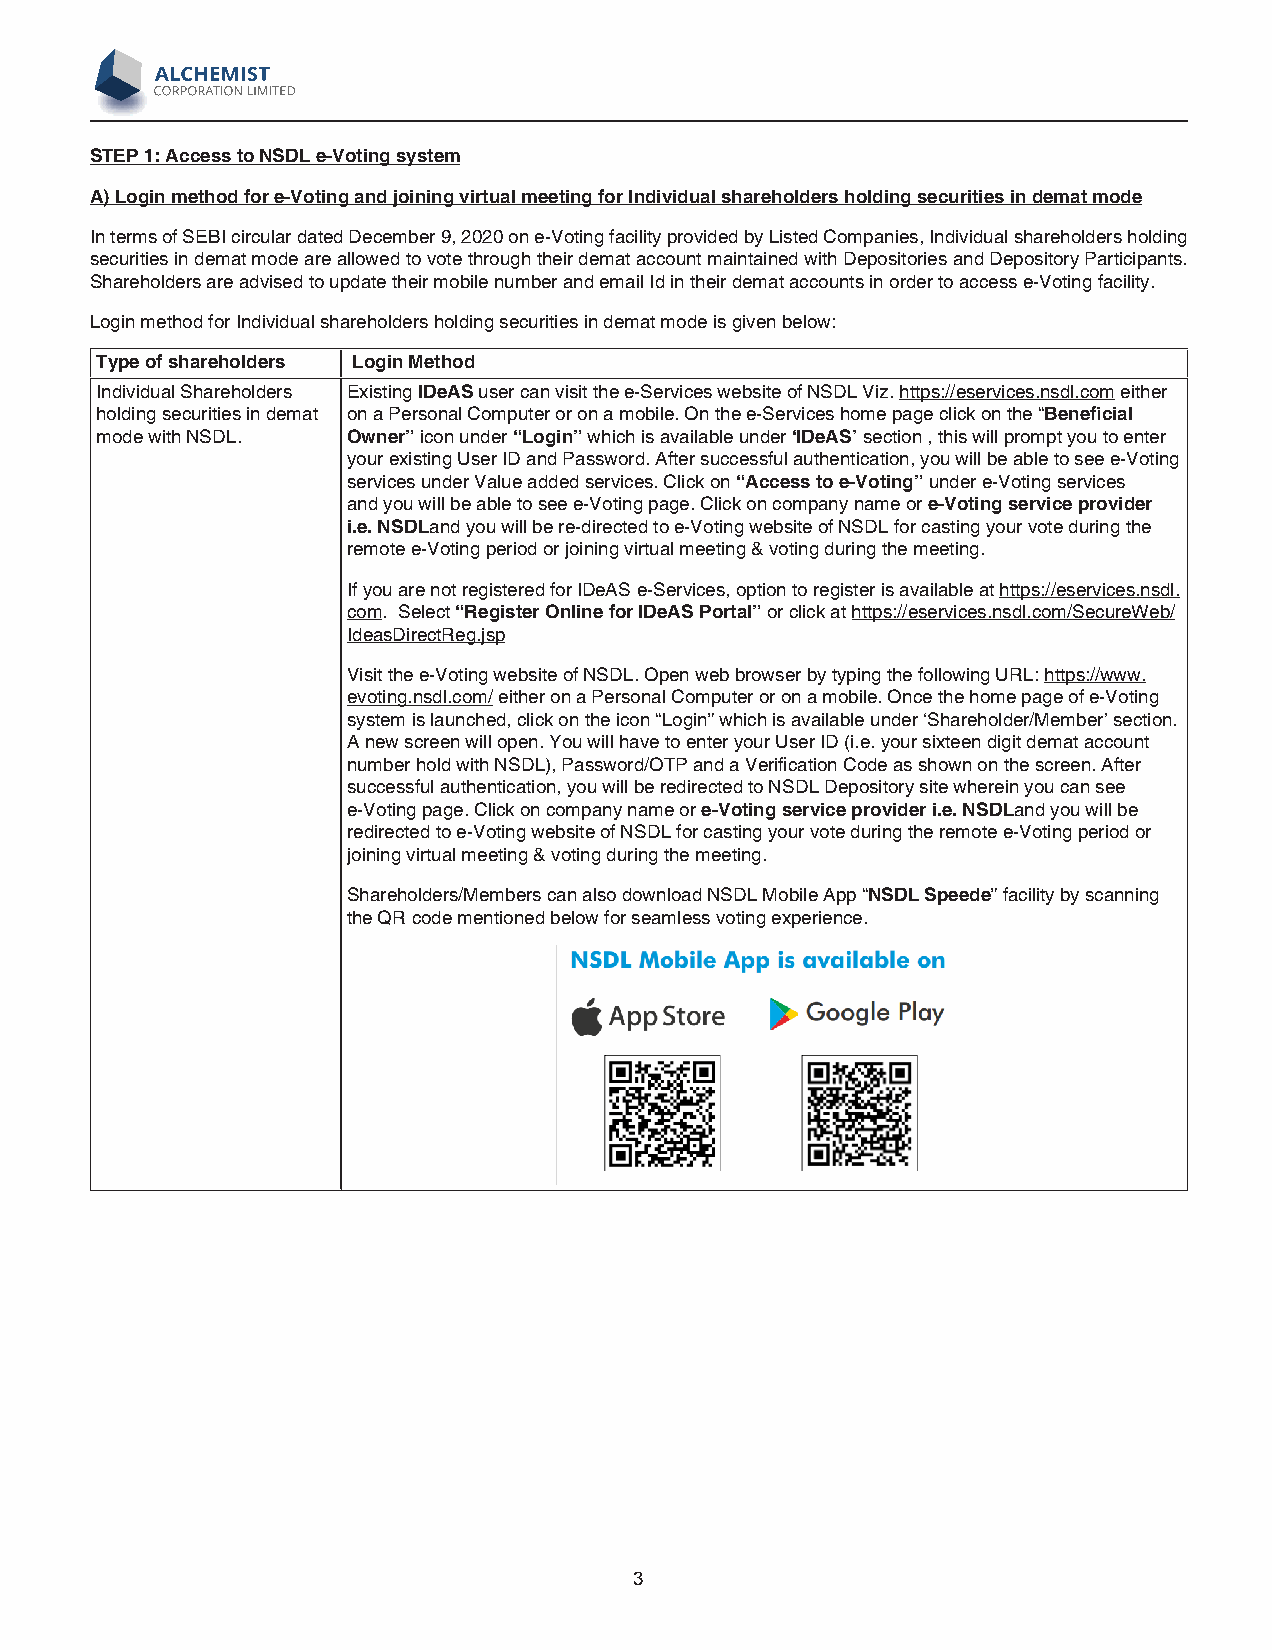
STEP 1: Access to NSDL e-Voting system
 A) Login method for e-Voting and joining virtual meeting for Individual shareholders holding securities in demat mode
 In terms of SEBI circular dated December 9, 2020 on e-Voting facility provided by Listed Companies, Individual shareholders holding
 securities in demat mode are allowed to vote through their demat account maintained with Depositories and Depository Participants.
 Shareholders are advised to update their mobile number and email Id in their demat accounts in order to access e-Voting facility.
 Login method for Individual shareholders holding securities in demat mode is given below:
 Type of shareholders Login Method
 Individual Shareholders Existing IDeAS user can visit the e-Services website of NSDL Viz. https://eservices.nsdl.com either
 holding securities in demat on a Personal Computer or on a mobile. On the e-Services home page click on the “Beneficial
 mode with NSDL.  Owner” icon under “Login” which is available under ‘IDeAS’ section , this will prompt you to enter
 your existing User ID and Password. After successful authentication, you will be able to see e-Voting
 services under Value added services. Click on “Access to e-Voting” under e-Voting services
 and you will be able to see e-Voting page. Click on company name or e-Voting service provider
 i.e. NSDLand you will be re-directed to e-Voting website of NSDL for casting your vote during the
 remote e-Voting period or joining virtual meeting & voting during the meeting.
 If you are not registered for IDeAS e-Services, option to register is available at https://eservices.nsdl.
 com. Select “Register Online for IDeAS Portal” or click at https://eservices.nsdl.com/SecureWeb/
 IdeasDirectReg.jsp
 Visit the e-Voting website of NSDL. Open web browser by typing the following URL: https://www.
 evoting.nsdl.com/ either on a Personal Computer or on a mobile. Once the home page of e-Voting
 system is launched, click on the icon “Login” which is available under ‘Shareholder/Member’ section.
 A new screen will open. You will have to enter your User ID (i.e. your sixteen digit demat account
 number hold with NSDL), Password/OTP and a Verification Code as shown on the screen. After
 successful authentication, you will be redirected to NSDL Depository site wherein you can see
 e-Voting page. Click on company name or e-Voting service provider i.e. NSDLand you will be
 redirected to e-Voting website of NSDL for casting your vote during the remote e-Voting period or
 joining virtual meeting & voting during the meeting.
 Shareholders/Members can also download NSDL Mobile App “NSDL Speede” facility by scanning
 the QR code mentioned below for seamless voting experience.
 3